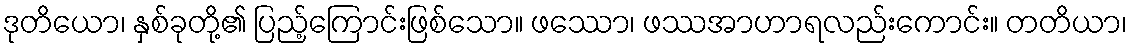
ဒုတိယော၊ နှစ်ခုတို့၏ ပြည့်ကြောင်းဖြစ်သော။ ဖဿော၊ ဖဿအာဟာရလည်းကောင်း။ တတိယာ၊